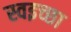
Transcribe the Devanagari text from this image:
स्वइच्छा